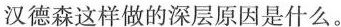
汉德森这样做的深层原因是什么。